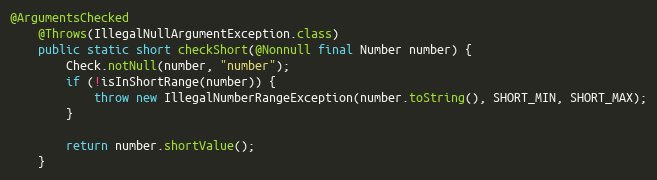
Language: Java
@ArgumentsChecked
	@Throws(IllegalNullArgumentException.class)
	public static short checkShort(@Nonnull final Number number) {
		Check.notNull(number, "number");
		if (!isInShortRange(number)) {
			throw new IllegalNumberRangeException(number.toString(), SHORT_MIN, SHORT_MAX);
		}

		return number.shortValue();
	}